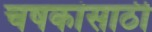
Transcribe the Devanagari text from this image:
चषकांसाठी